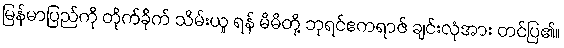
မြန်မာပြည်ကို တိုက်ခိုက် သိမ်းယူ ရန် မိမိတို့ ဘုရင်ဧကရာဇ် ချင်းလုံအား တင်ပြ၏။